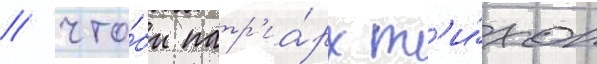
/ что́бы патр'иа́рх т'и́хон